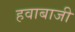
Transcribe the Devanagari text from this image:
हवाबाजी